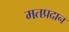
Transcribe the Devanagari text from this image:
मतप्रदान